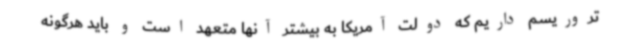
تروریسم داریم که دولت آمریکا به بیشتر آنها متعهد است و باید هرگونه